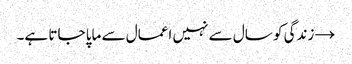
→	زندگی کو سال سے نہیں اعمال سے ماپا جاتا ہے۔